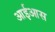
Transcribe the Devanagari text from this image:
आईआस